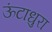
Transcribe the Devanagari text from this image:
ऊंटाधुरा